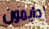
دايمون